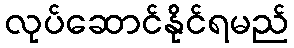
လုပ်ဆောင်နိုင်ရမည်